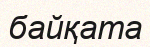
байқата